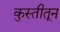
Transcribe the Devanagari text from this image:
कुस्तीतून